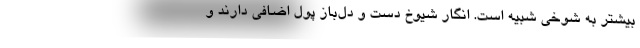
بیشتر به شوخی شبیه است. انگار شیوخ دست و دل‌باز پول اضافی دارند و